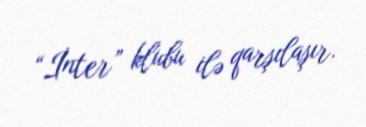
“İnter” klubu ilə qarşılaşır.